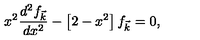
x ^ { 2 } \frac { d ^ { 2 } f _ { \vec { k } } } { d x ^ { 2 } } - \left[ 2 - x ^ { 2 } \right] f _ { \vec { k } } = 0 ,